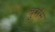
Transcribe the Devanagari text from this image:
बुराँस